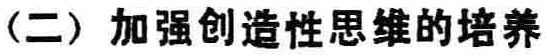
（二）加强创造性思维的培养